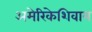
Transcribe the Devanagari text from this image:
अमेरिकेशिवाय